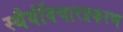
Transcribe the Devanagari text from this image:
स्थैर्यविचारप्रकरण